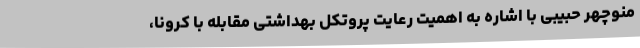
منوچهر حبیبی با اشاره به اهمیت رعایت پروتکل بهداشتی مقابله با کرونا،